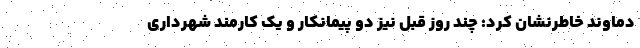
دماوند خاطرنشان کرد: چند روز قبل نیز دو پیمانکار و یک کارمند شهرداری